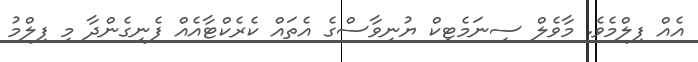
އެއް ފިލްމެވެ. މާވެލް ސިނަމެޓިކް ޔުނިވާސްގެ އެތައް ކެރެކްޓާއެއް ފެނިގެންދާ މި ފިލްމު